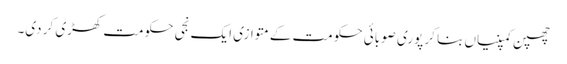
چھپن کمپنیاں بنا کر پوری صوبائی حکومت کے متوازی ایک نجی حکومت کھڑی کر دی۔